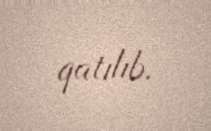
qatılıb.